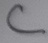
Text: C